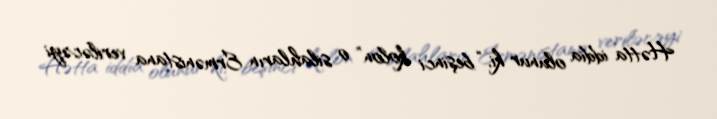
Hətta iddia olunur ki, “beşinci kolon” o silahların Ermənistana veriləcəyi